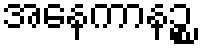
အနေကာနဉ္စ